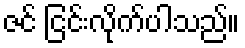
ဇင် ငြင်းလိုက်ပါသည်။